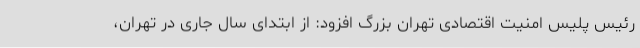
رئیس پلیس امنیت اقتصادی تهران بزرگ افزود: از ابتدای سال جاری در تهران،